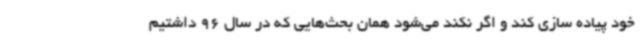
خود پیاده سازی کند و اگر نکند می‌شود همان بحث‌هایی که در سال 96 داشتیم